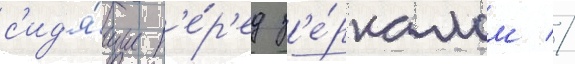
с'ид'я́щие п'е́р'ед з'е́ркалом //